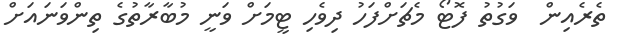
ތެރެއިން  ވަގުތު ފޮޓޯ މެޗަށްފަހު ދިވެހި ޓީމަށް ވަނީ މުބާރާތުގެ ތިންވަނައަށް